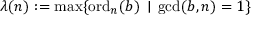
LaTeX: \lambda ( n ) : = \operatorname* { m a x } \{ \operatorname { o r d } _ { n } ( b ) \, \mid \, \operatorname* { g c d } ( b , n ) = 1 \}